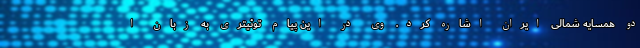
دو همسایه شمالی ایران اشاره کرد. وی در این پیام توئیتری به زبان ا